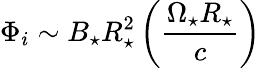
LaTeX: \Phi_{i}\sim B_{\star}R_{\star}^{2}\left(\frac{\Omega_{\star}R_{\star}}{c}\right)